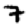
Digit: 7